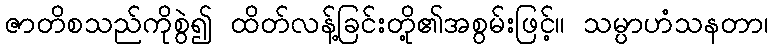
ဇာတိစသည်ကိုစွဲ၍ ထိတ်လန့်ခြင်းတို့၏အစွမ်းဖြင့်။ သမ္ပာဟံသနတာ၊